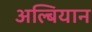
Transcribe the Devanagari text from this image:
अल्बियान